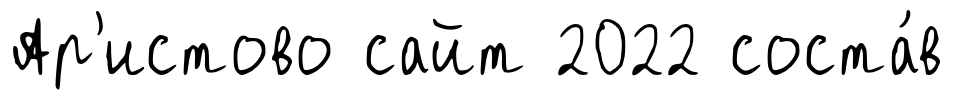
Ар'истово сайт 2022 соста́в